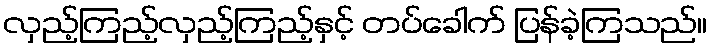
လှည့်ကြည့်လှည့်ကြည့်နှင့် တပ်ခေါက် ပြန်ခဲ့ကြသည်။